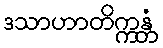
ဒသာဟာတိက္ကန္တံ